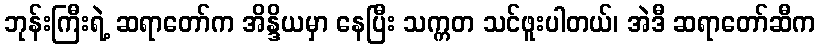
ဘုန်းကြီးရဲ့ ဆရာတော်က အိန္ဒိယမှာ နေပြီး သက္ကတ သင်ဖူးပါတယ်၊ အဲဒီ ဆရာတော်ဆီက